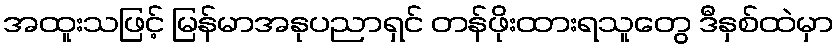
အထူးသဖြင့် မြန်မာအနုပညာရှင် တန်ဖိုးထားရသူတွေ ဒီနှစ်ထဲမှာ